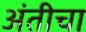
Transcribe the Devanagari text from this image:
अंतीचा